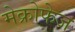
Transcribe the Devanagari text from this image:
मेक्रोफेज